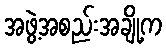
အဖွဲ့အစည်းအချို့က